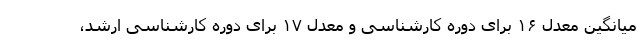
میانگین معدل ۱۶ برای دوره کارشناسی و معدل ۱۷ برای دوره کارشناسی ارشد،